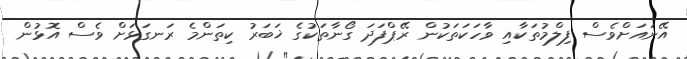
އޭނައަށްވެސް ފިލްމުތަކާއި ވާހަކަތަކުން ރޭޕްފަދަ ގޯނާތަކުގެ ޚަބަރު ކިތަންމެ ރަނގަޅަށް ވެސް އޮޅުން